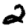
Digit: 2